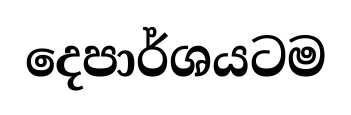
දෙපාර්ශයටම